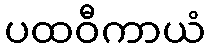
ပထဝီကာယံ